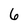
Character: 6